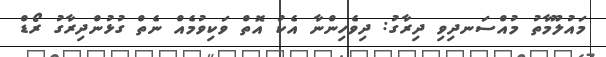
މައުލޫމާތު މުއްސަނދިވި ދިރާގު: ދިވެހިންނާ އެކު އޮތް ވަކިވުމެއް ނެތް ގުޅުންދިރާގު ރޯޑް